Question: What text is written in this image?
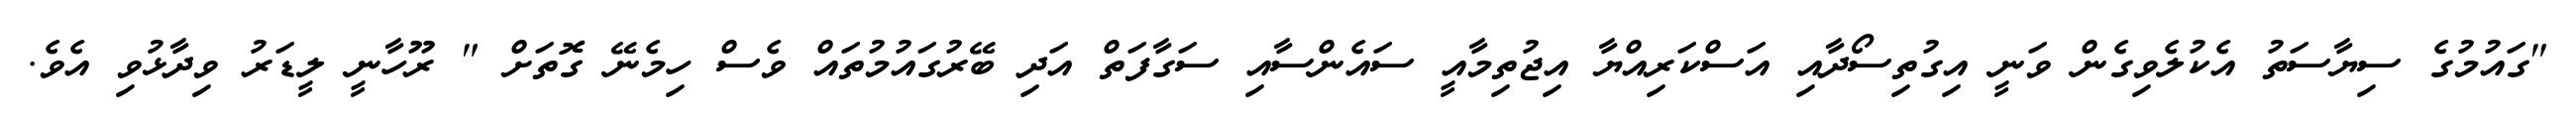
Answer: "ގައުމުގެ ސިޔާސަތު އެކުލެވިގެން ވަނީ އިގުތިސޯދާއި އަސްކަރިއްޔާ އިޖުތިމާއީ ސައެންސާއި ސަގާފަތް އަދި ބޭރުގައުމުތައް ވެސް ހިމެނޭ ގޮތަށް " ރޫހާނީ ލީޑަރު ވިދާޅުވި އެވެ.